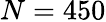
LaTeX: N=450